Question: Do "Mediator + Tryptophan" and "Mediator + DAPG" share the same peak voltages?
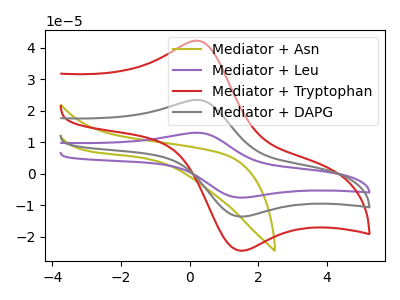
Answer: <think>The olive curve "Mediator + Asn" has no peaks. The purple curve "Mediator + Leu" has an anodic peak at (0.25V, 47.00uA) and a cathodic peak at (1.50V, -27.15uA). The red curve "Mediator + Tryptophan" has an anodic peak at (0.25V, 42.30uA) and a cathodic peak at (1.50V, -24.40uA). The gray curve "Mediator + DAPG" has an anodic peak at (0.25V, 23.50uA) and a cathodic peak at (1.50V, -13.55uA).</think>
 <answer>Yes, "Mediator + Tryptophan" have a peak in "Mediator + DAPG" at the same potential.</answer>
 <eval>match</eval>